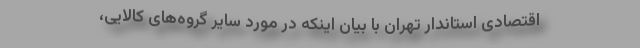
اقتصادی استاندار تهران با بیان اینکه در مورد سایر گروه‌های کالایی،